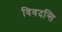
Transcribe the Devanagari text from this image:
विवदन्ति